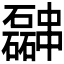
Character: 𫡎